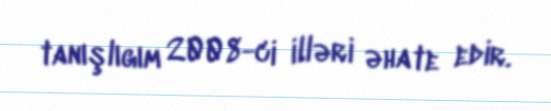
tanışlıgım 2008-ci illəri əhate edir.